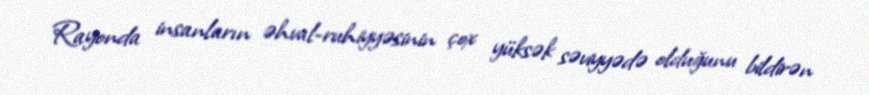
Rayonda insanların əhval-ruhiyyəsinin çox yüksək səviyyədə olduğunu bildirən